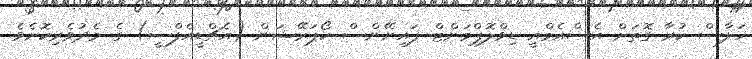
ހަލާސް ކުރާ ގޮތަށް އެސްއެމްއީ ޑިވްލޮޕްމަންޓް ފައިނޭންސް ކޯޕަރޭޝަން (އެޗްޑީއެފްސީ) ގެ މެދުވެރިކޮށެވެ.